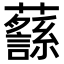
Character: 𧄎